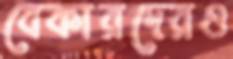
বেকারদেরও